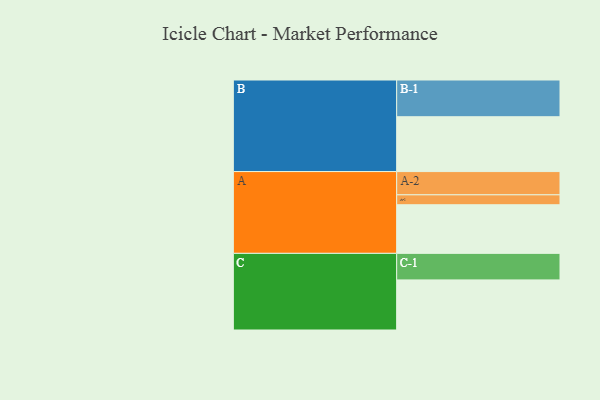
{"axis": {"x": "Segment", "y": "Value"}, "legend": ["", "A", "B", "C"], "data": [{"x": "A", "y": 368, "type": ""}, {"x": "B", "y": 415, "type": ""}, {"x": "C", "y": 379, "type": ""}, {"x": "A-1", "y": 75, "type": "A"}, {"x": "A-2", "y": 176, "type": "A"}, {"x": "B-1", "y": 278, "type": "B"}, {"x": "C-1", "y": 201, "type": "C"}]}